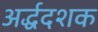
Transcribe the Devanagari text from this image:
अर्द्धदशक